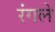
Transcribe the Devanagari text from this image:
रंगले